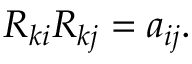
\begin{array} { r } { R _ { k i } R _ { k j } = a _ { i j } . } \end{array}